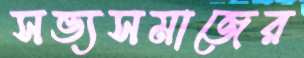
সভ্যসমাজের